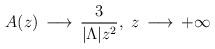
LaTeX: \begin{align*}A(z) \,\longrightarrow\, \frac{3}{|{\Lambda}|z^{2}}, ~z \,\longrightarrow\, +\infty\end{align*}